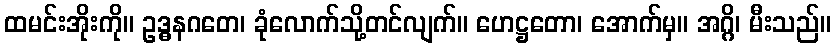
ထမင်းအိုးကို။ ဥဒ္ဓနဂတေ၊ ခုံလောက်သို့တင်လျက်။ ဟေဋ္ဌတော၊ အောက်မှ။ အဂ္ဂိ၊ မီးသည်။